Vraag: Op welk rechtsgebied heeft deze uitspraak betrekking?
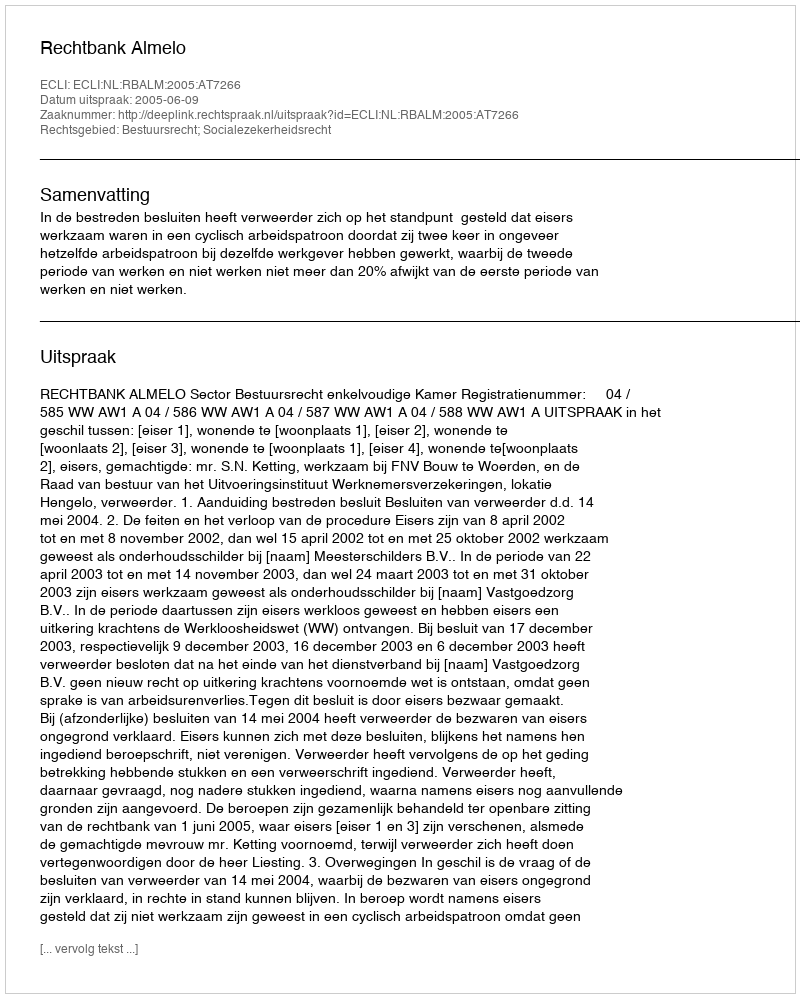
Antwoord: Bestuursrecht; Socialezekerheidsrecht